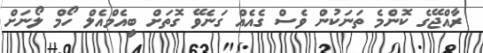
ރާއްޖޭގެ ކޮންމެ ތަނަކުން ވެސް ގެއެއް ގަނެވޭ ގޮތަށް ބީއެމްއެލް ހޯމް ލޯނަށް